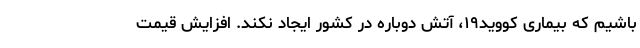
باشیم که بیماری کووید۱۹، آتش دوباره در کشور ایجاد نکند. افزایش قیمت